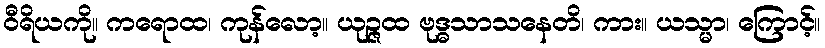
ဝီရိယကို။ ကရောထ၊ ကုန်လော့။ ယုဉ္ဇထ ဗုဒ္ဓသာသနေတိ၊ ကား။ ယသ္မာ၊ ကြောင့်။